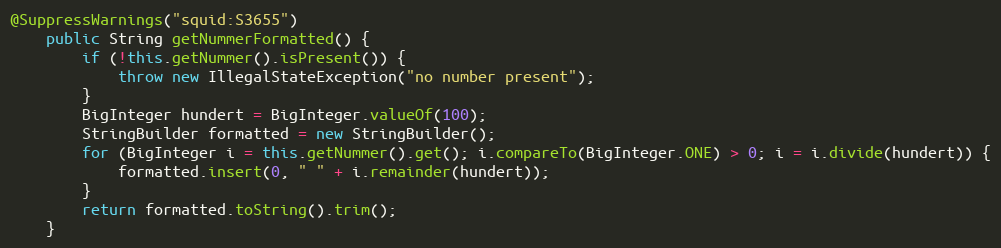
Language: Java
@SuppressWarnings("squid:S3655")
    public String getNummerFormatted() {
        if (!this.getNummer().isPresent()) {
            throw new IllegalStateException("no number present");
        }
        BigInteger hundert = BigInteger.valueOf(100);
        StringBuilder formatted = new StringBuilder();
        for (BigInteger i = this.getNummer().get(); i.compareTo(BigInteger.ONE) > 0; i = i.divide(hundert)) {
            formatted.insert(0, " " + i.remainder(hundert));
        }
        return formatted.toString().trim();
    }